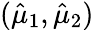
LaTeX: (\hat{\mu}_{1},\hat{\mu}_{2})